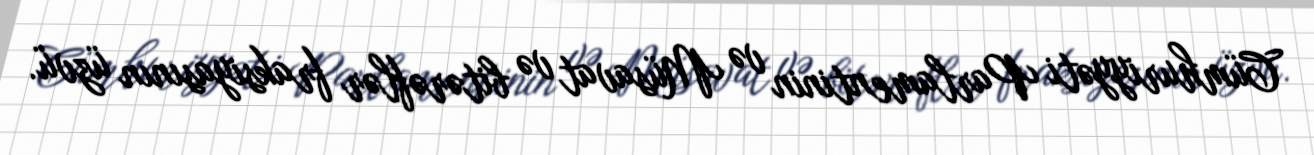
Cümhuriyyəti Parlamentinin və Müsavat və bitərəflər fraksiyasının üzvü.